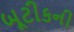
બૂટીકની